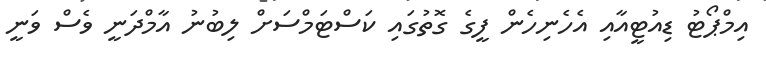
އިމްޕޯޓު ޑިއުޓީއާއި އެހެނިހެން ފީގެ ގޮތުގައި ކަސްޓަމްސަށް ލިބުނު އާމްދަނީ ވެސް ވަނީ